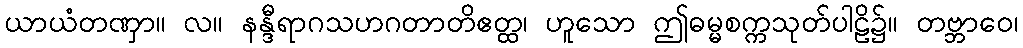
ယာယံတဏှာ။ လ။ နန္ဒီရာဂသဟဂတာတိဧတ္ထ၊ ဟူသော ဤဓမ္မစက္ကသုတ်ပါဠိ၌။ တဗ္ဘာဝေ၊